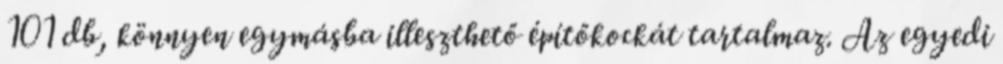
101 db, könnyen egymásba illeszthető építőkockát tartalmaz. Az egyedi